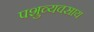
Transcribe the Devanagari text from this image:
पशुव्यवसाय